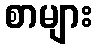
စာများ